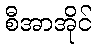
စီအာအိုင်